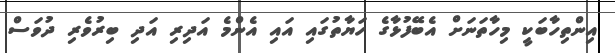
އިންތިހާބަކީ މިހާތަނަށް އެބޭފުޅާގެ ހަޔާތުގައި އައި އެންމެ އަދިރި އަދި ބިރުވެރި ދުވަސް